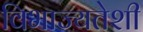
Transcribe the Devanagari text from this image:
विभाज्यतेशी